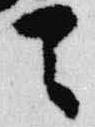
天